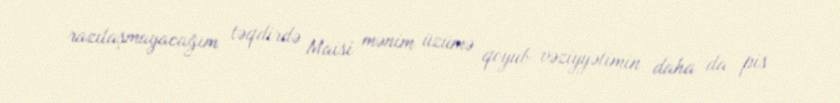
razılaşmayacağım təqdirdə Maisi mənim üzümə qoyub vəziyyətimin daha da pis